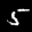
Label: 5